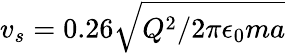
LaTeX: v_{s}=0.26\sqrt{Q^{2}/2\pi\epsilon_{0}ma}